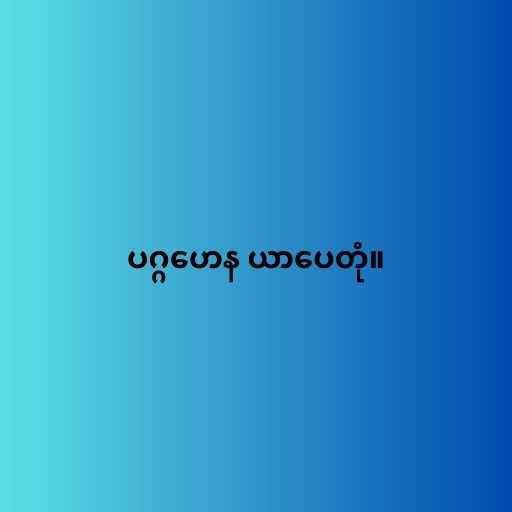
ပဂ္ဂဟေန ယာပေတုံ။